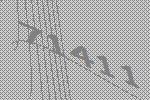
71411